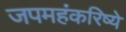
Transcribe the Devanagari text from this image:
जपमहंकरिष्ये